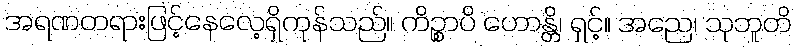
အရဏတရားဖြင့်နေလေ့ရှိကုန်သည်။ ကိဉ္စာပိ ဟောန္တိ၊ ရှင့်။ အညေ၊ သုဘူတိ